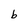
Character: b